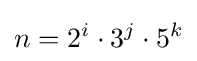
n=2^{i}\cdot 3^{j}\cdot 5^{k}